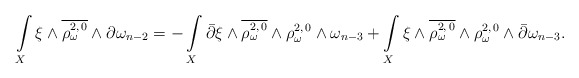
\begin{align*}\int\limits_X \xi \wedge \overline{\rho_\omega^{2,\,0}} \wedge \partial \omega_{n-2}= -\int\limits_X \bar\partial\xi \wedge \overline{\rho_\omega^{2,\,0}} \wedge \rho_\omega^{2,\,0} \wedge \omega_{n-3}+\int\limits_X \xi \wedge \overline{\rho_\omega^{2,\,0}} \wedge \rho_\omega^{2,\,0} \wedge \bar\partial\omega_{n-3}.\end{align*}